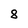
Character: 8